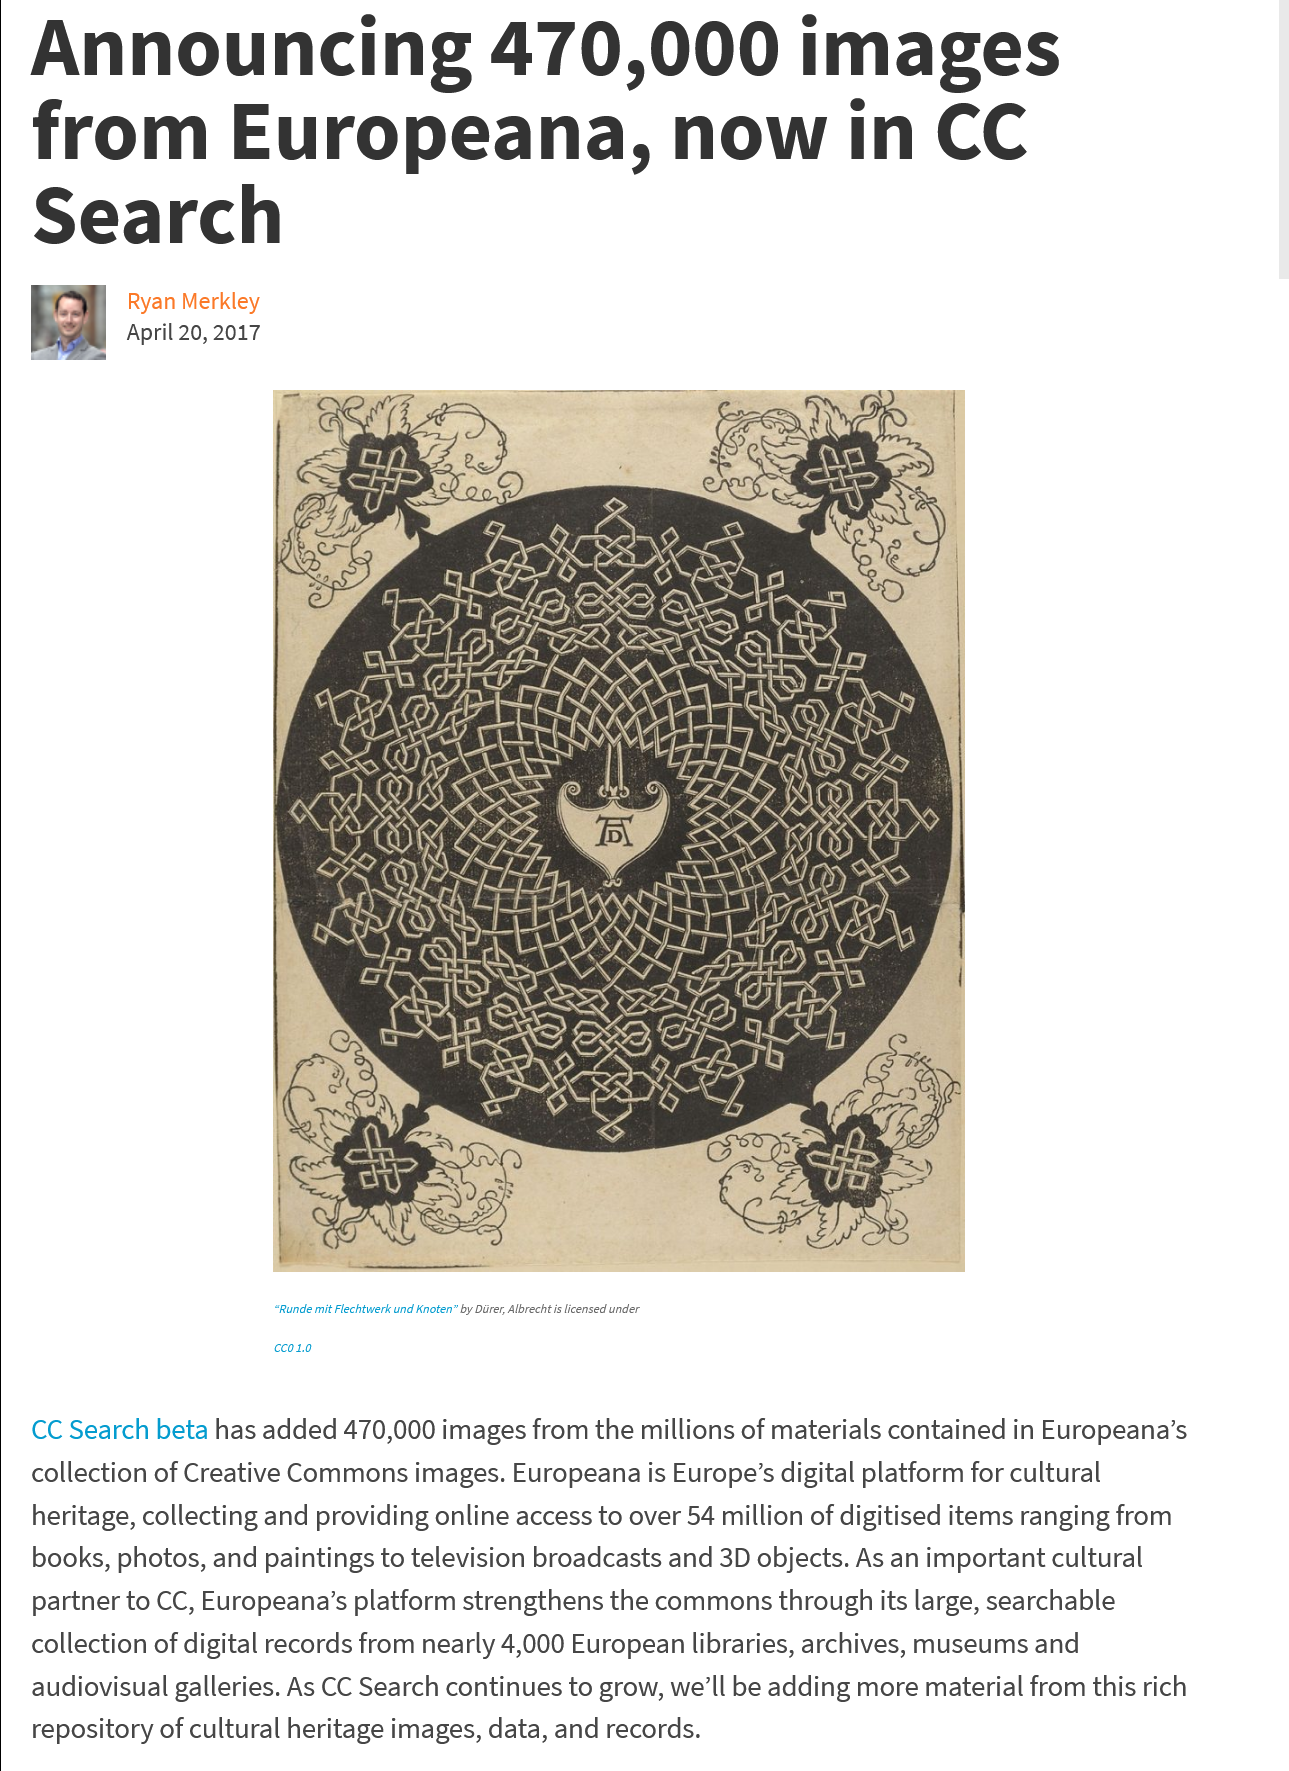
Announcing    470,000    images
   from    Europeana,    now    in    CC
   Search
     Ryan Merkley
     April 20, 2017
     ap eae ee
     De
     wat
     ONS
     lao
     ass
     noncanr
     lhe
     CDA
     ER
     SORT
     NEES
     a
     oy
     SNE
     ES
     aR
     Bean
     i
     ee
     6
     fate
     ee:
     ADs Nae Be
     .
     “Runde mit Flechtwerk und Knoten” by Durer, Albrecht s licensed under
     cco1.0
   CC Search beta has added 470,000 images from the millions of materials contained in Europeana’s
   collection of Creative Commons images. Europeana is Europe’s digital platform for cultural
   heritage, collecting and providing online access to over 54 million of digitised items ranging from
   books, photos, and paintings to television broadcasts and 3D objects. As an important cultural
   partner to CC, Europeana’s platform strengthens the commons through its large, searchable
   collection of digital records from nearly 4,000 European libraries, archives, museums and
   audiovisual galleries. As CC Search continues to grow, we'll be adding more material from this rich
   repository of cultural heritage images, data, and records.